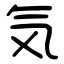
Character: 気